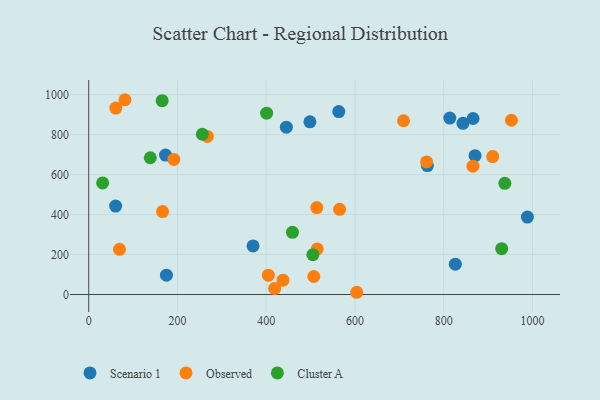
{"axis": {"x": "Investment", "y": "Profit"}, "legend": ["Cluster A", "Observed", "Scenario 1"], "data": [{"x": "763.2", "y": 645.2, "type": "Scenario 1"}, {"x": "498.5", "y": 864.2, "type": "Scenario 1"}, {"x": "843.4", "y": 856.5, "type": "Scenario 1"}, {"x": "988.6", "y": 387.7, "type": "Scenario 1"}, {"x": "370.3", "y": 243.0, "type": "Scenario 1"}, {"x": "826.2", "y": 151.8, "type": "Scenario 1"}, {"x": "813.8", "y": 882.7, "type": "Scenario 1"}, {"x": "870.7", "y": 694.5, "type": "Scenario 1"}, {"x": "175.1", "y": 96.8, "type": "Scenario 1"}, {"x": "60.6", "y": 442.4, "type": "Scenario 1"}, {"x": "173.0", "y": 697.9, "type": "Scenario 1"}, {"x": "563.6", "y": 915.2, "type": "Scenario 1"}, {"x": "866.2", "y": 880.7, "type": "Scenario 1"}, {"x": "445.4", "y": 837.3, "type": "Scenario 1"}, {"x": "952.7", "y": 872.0, "type": "Observed"}, {"x": "404.8", "y": 96.9, "type": "Observed"}, {"x": "419.0", "y": 30.5, "type": "Observed"}, {"x": "565.4", "y": 426.4, "type": "Observed"}, {"x": "61.0", "y": 932.9, "type": "Observed"}, {"x": "507.3", "y": 90.1, "type": "Observed"}, {"x": "865.9", "y": 642.4, "type": "Observed"}, {"x": "81.6", "y": 974.6, "type": "Observed"}, {"x": "267.3", "y": 791.1, "type": "Observed"}, {"x": "437.7", "y": 71.7, "type": "Observed"}, {"x": "191.8", "y": 675.8, "type": "Observed"}, {"x": "515.0", "y": 228.0, "type": "Observed"}, {"x": "514.0", "y": 435.1, "type": "Observed"}, {"x": "604.0", "y": 11.3, "type": "Observed"}, {"x": "709.5", "y": 869.5, "type": "Observed"}, {"x": "910.5", "y": 690.3, "type": "Observed"}, {"x": "69.3", "y": 226.2, "type": "Observed"}, {"x": "166.4", "y": 414.9, "type": "Observed"}, {"x": "761.4", "y": 663.6, "type": "Observed"}, {"x": "505.2", "y": 199.2, "type": "Cluster A"}, {"x": "138.7", "y": 684.4, "type": "Cluster A"}, {"x": "459.2", "y": 311.0, "type": "Cluster A"}, {"x": "400.9", "y": 907.2, "type": "Cluster A"}, {"x": "165.5", "y": 970.0, "type": "Cluster A"}, {"x": "930.7", "y": 229.3, "type": "Cluster A"}, {"x": "256.1", "y": 802.0, "type": "Cluster A"}, {"x": "937.8", "y": 556.5, "type": "Cluster A"}, {"x": "31.3", "y": 558.6, "type": "Cluster A"}]}